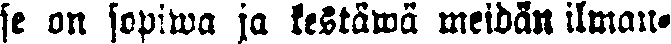
se on sopiwa ja kestäwä meidän ilman-